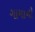
ગામાનો